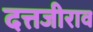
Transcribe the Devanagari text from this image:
दत्तजीराव